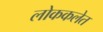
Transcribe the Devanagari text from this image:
लोककलेत